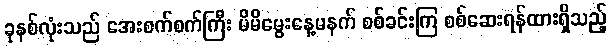
ခုနစ်လုံးသည် အေးစက်စက်ကြီး မိမိမွေးနေ့မနက် စစ်ခင်းကြ စစ်ဆေးရန်ထားရှိသည့်